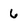
Character: 6